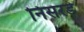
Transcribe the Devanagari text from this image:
निसरडे